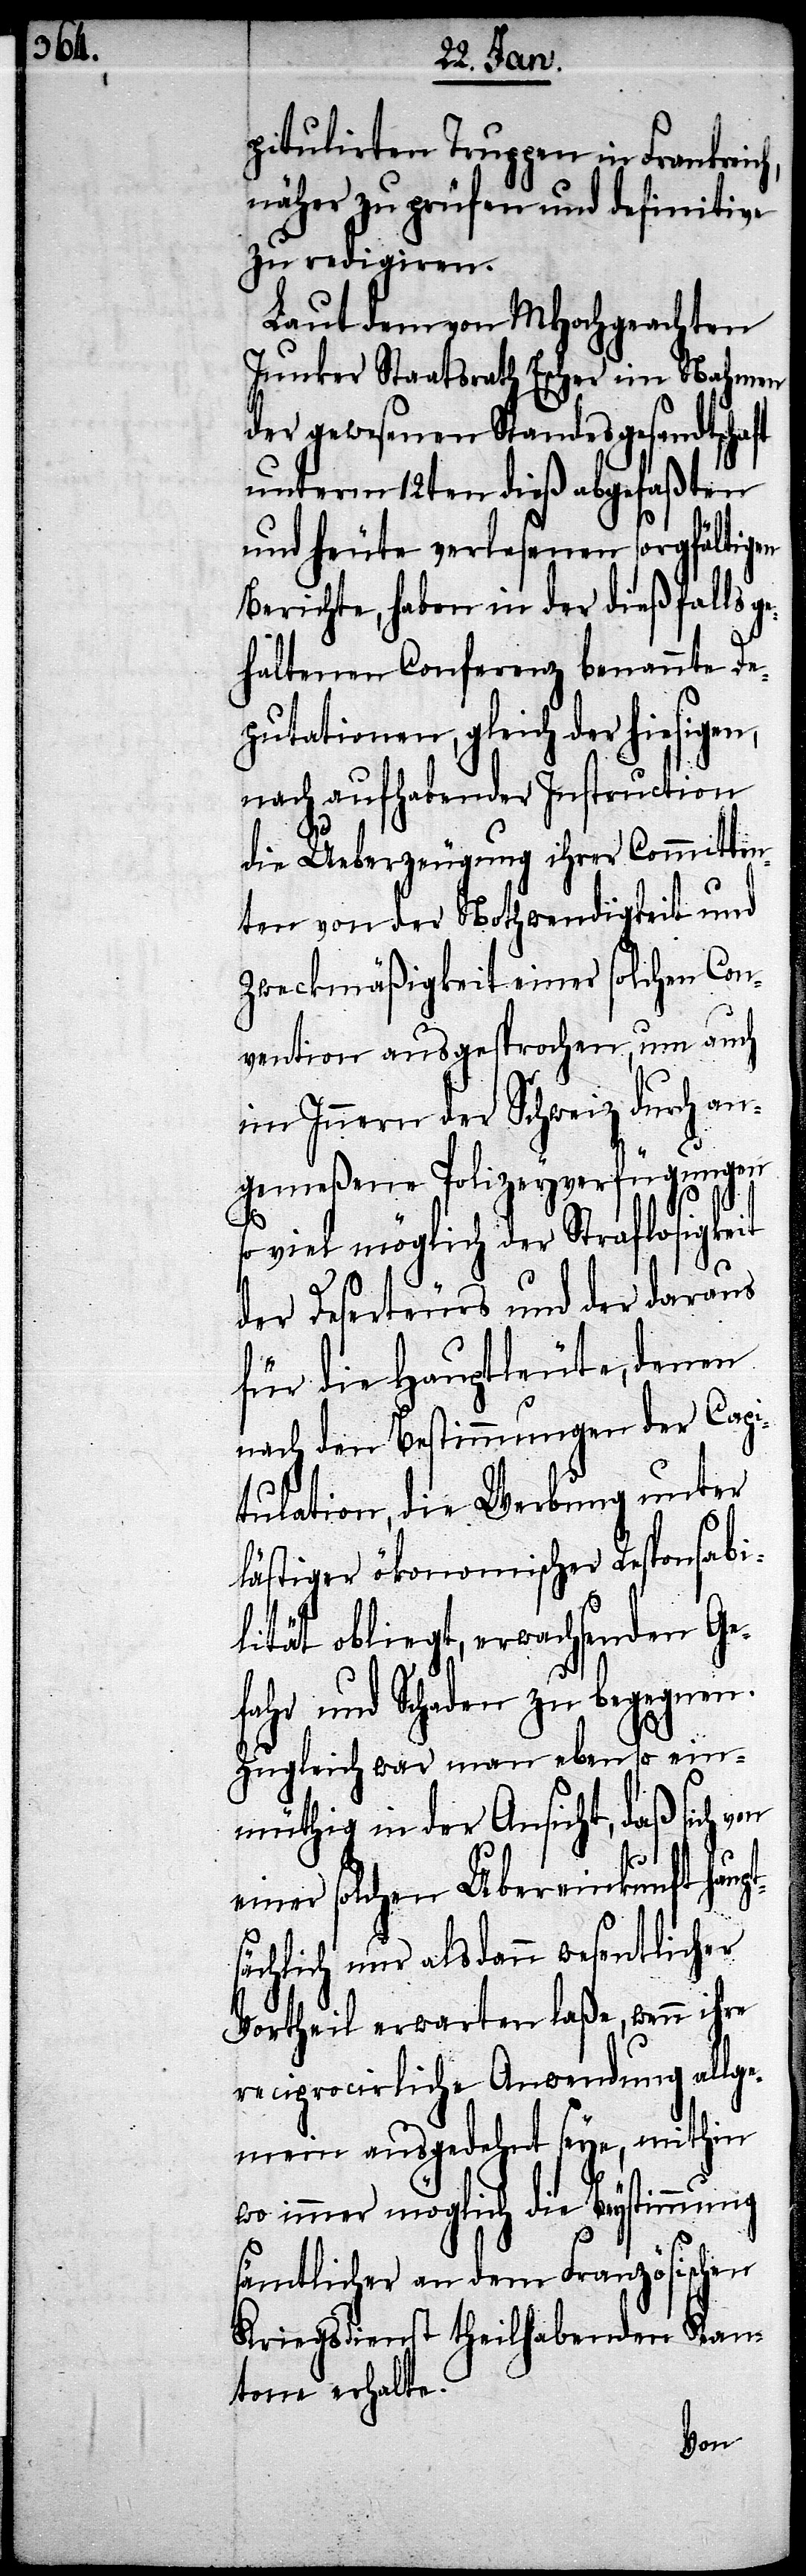
pitulirten Truppen in Frankreich,
näher zu prüfen und definitive
zu redigiren.
Laut dem von MHochgeachten
Junker Staatsrath Escher im Nahmen
der gewesenen Standesgesandtschaft
unterm 12ten dieß abgefaßten
und heute verlesenen sorgfältigen
Berichte, haben in der dießfalls g¬
ehaltenen Conferenz benannte De¬
putationen, gleich der hiesigen,
nach aufhabender Instruction
die Ueberzeugung ihrer Committen¬
ten von der Nothwendigkeit und
Zweckmäßigkeit einer solchen Con¬
vention ausgesprochen, um auch
im Innern der Schweiz durch an¬
gemeßene Polizeyverfügungen
so viel möglich der Straflosigkeit
der Deserteurs und der daraus
für die Hauptleute, denen
nach den Bestimmungen der Capi¬
tualtion, die Werbung unter
lästiger ökonomischer Responsabi¬
lität obliegt, erwachsenden Ge¬
fahr und Schaden zu begegnen.
Zugleich war man ebenso ein¬
müthig in der Ansicht, daß sich von
einer solchen Uebereinkunft haupt¬
sächlich nur alsdann wesentlicher
Vortheil erwarten laße, wenn ihre
reciprocirliche Anwendung allge¬
mein ausgedehnt seye, mithin
wo immer möglich die Beystimmung
sämtlicher an dem Französischen
Kriegsdienst theilhabenden Kan¬
tone erhalte.